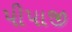
પીપાજી